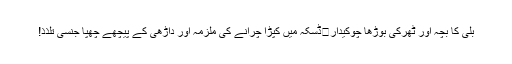
بلی کا بچہ اور ٹھرکی بوڑھا چوکیدار	ڈسکہ میں کپڑا چرانے کی ملزمہ اور داڑھی کے پیچھے چھپا جنسی تلذذ!